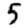
Digit: 5